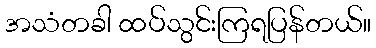
အသံတခါ ထပ်သွင်းကြရပြန်တယ်။